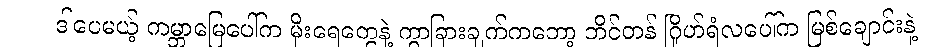
ဒါပေမယ့် ကမ္ဘာမြေပေါ်က မိုးရေတွေနဲ့ ကွာခြားချက်ကတော့ တိုင်တန် ဂြိုဟ်ရံလပေါ်က မြစ်ချောင်းနဲ့